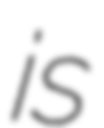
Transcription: is